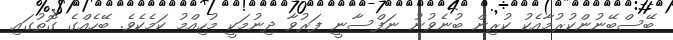
ބޭސްބޭނުންކުރުމާއެކު ކުރިން ބުނެވުނު ނަފްސާނީ ފަރުވާ ދިނުމަކީ މުހިއްމު ކަމެކެވެ. ބޭހެއްގެ ގޮތުގައި